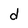
Character: d